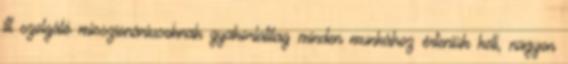
itt szolgáló misszionáriusoknak gyakorlatilag minden munkához érteniük kell, nagyon